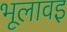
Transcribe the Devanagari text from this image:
भूलावइ